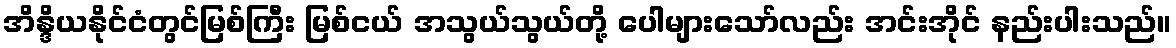
အိန္ဒိယနိုင်ငံတွင်မြစ်ကြီး မြစ်ငယ် အသွယ်သွယ်တို့ ပေါများသော်လည်း အင်းအိုင် နည်းပါးသည်။